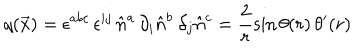
LaTeX: q ( \vec { x } ) = \epsilon ^ { a b c } \, \epsilon ^ { i j } \, \hat { n } ^ { a } \, \partial _ { i } \hat { n } ^ { b } \, \partial _ { j } \hat { n } ^ { c } = \frac { 2 } { r } \sin \theta ( r ) \, \theta ^ { \prime } ( r )